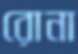
রোনা